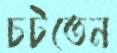
চটতেন